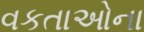
વકતાઓના